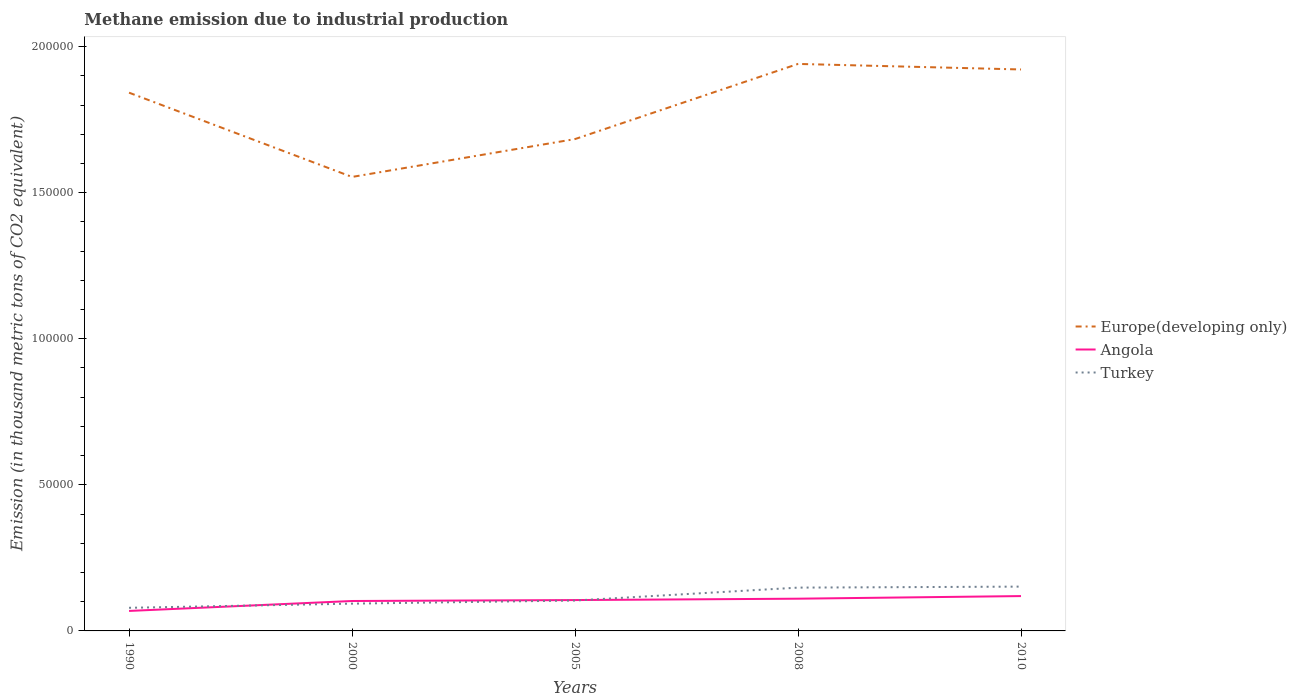
| Years | Europe(developing only) | Angola | Turkey |
 | --- | --- | --- | --- |
 | 1990 | 1.84e+05 | 6.84e+03 | 7.91e+03 |
 | 2000 | 1.55e+05 | 1.02e+04 | 9.34e+03 |
 | 2005 | 1.68e+05 | 1.06e+04 | 1.04e+04 |
 | 2008 | 1.94e+05 | 1.1e+04 | 1.48e+04 |
 | 2010 | 1.92e+05 | 1.19e+04 | 1.52e+04 |